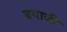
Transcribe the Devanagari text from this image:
बयाजी